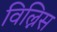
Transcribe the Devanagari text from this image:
विल्निस